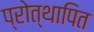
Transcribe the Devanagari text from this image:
प्रोत्थापित